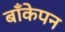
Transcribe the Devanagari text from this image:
बाँकेपन